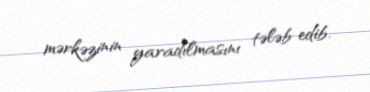
mərkəzinin yaradılmasını tələb edib.